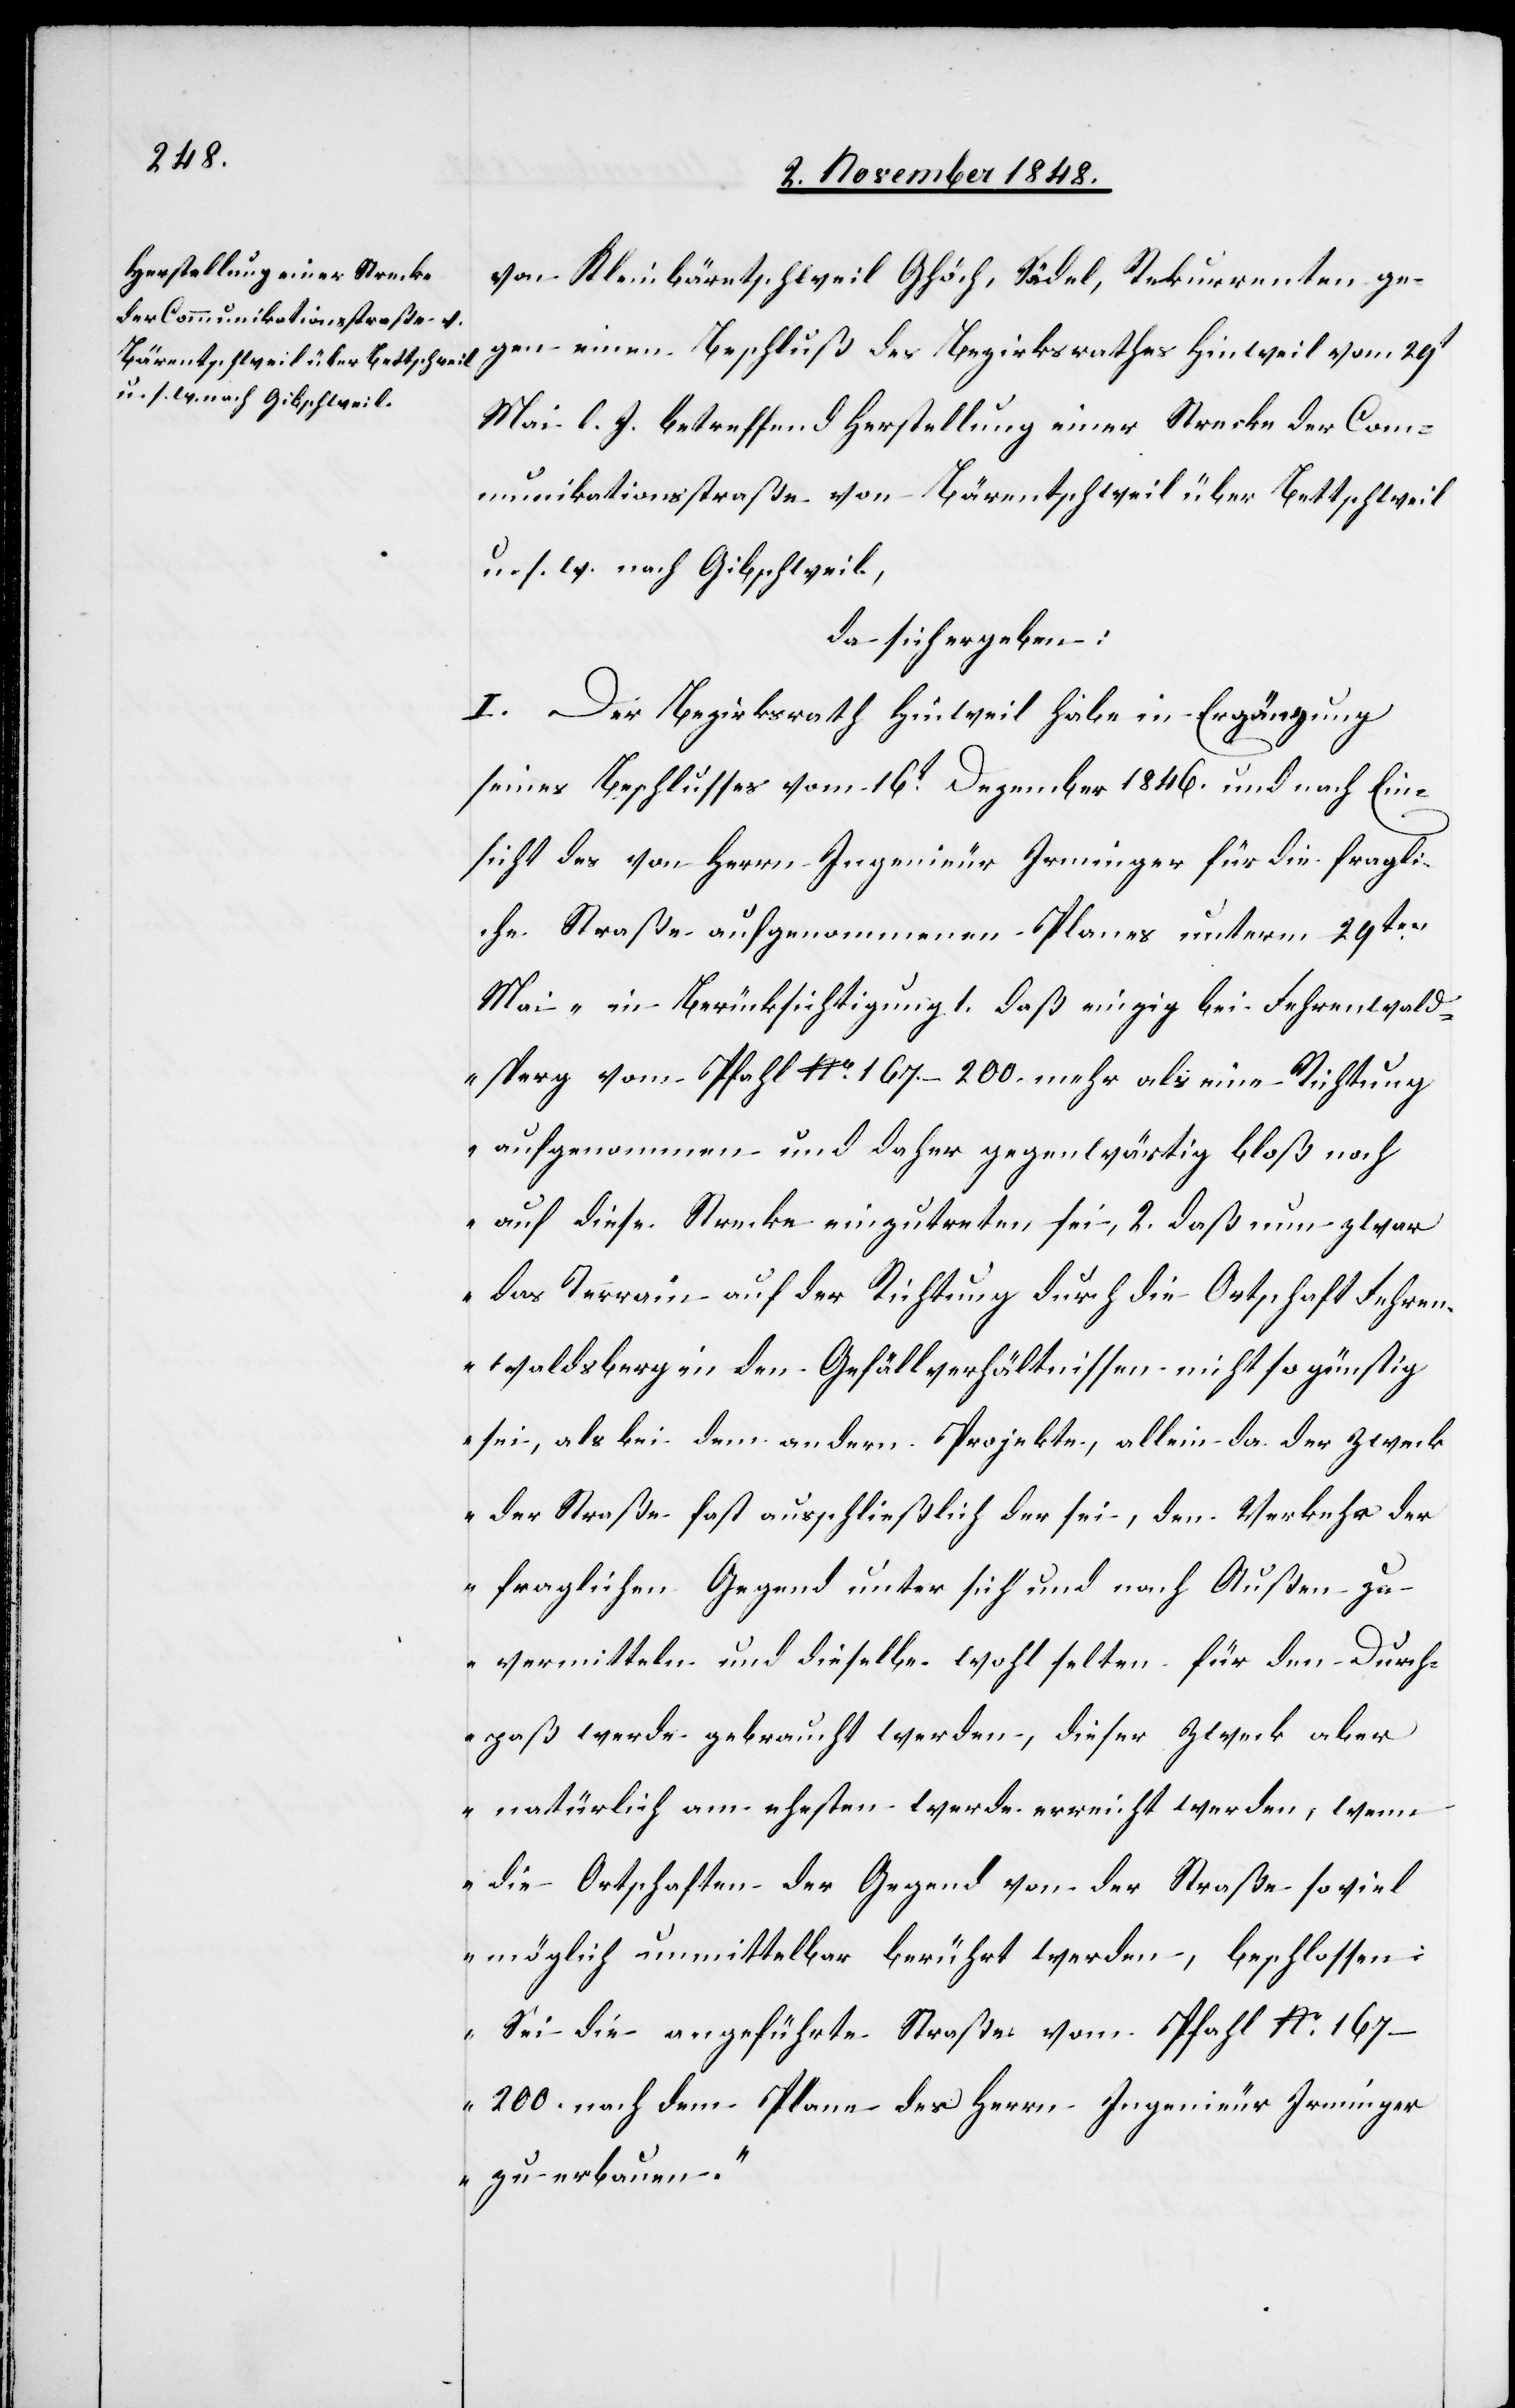
von Kleinbäretschweil Ghöch, Sädel, Rekurrenten ge¬
gen einen Beschluß des Bezirksrathes Hinweil vom 29t
Mai l. J. betreffend Herstellung einer Strecke der Com¬
munikationsstraße von Bäretschweil über Bettschweil
u. s. w. nach Gibschweil,
da sich ergeben:
I. Der Bezirksrath Hinweil habe in Ergänzung
seines Beschlusses vom 16t Dezember 1846. und nach Ein¬
sicht des von Herrn Ingenieur Irminger für die fragli¬
che Straße aufgenommenen Planes unterm 29ten
Mai „In Berücksichtigung 1. daß einzig bei Fehrenwald¬
sperg vom Pfahl No 167–200. mehr als eine Richtung
aufgenommen und daher gegenwärtig bloß noch
auf diese Strecke einzutreten sei, 2. daß nun zwar
das Terrain auf der Richtung durch die Ortschaft Fehren¬
waldsberg in den Gefällverhältnissen nicht so günstig
sei, als bei dem andern Projekte, allein da der Zweck
der Straße fast ausschließlich der sei, den Verkehr der
fraglichen Gegend unter sich und nach Außen zu
vermitteln und dieselbe wohl selten für den Durch¬
paß werde gebraucht werden, dieser Zweck aber
natürlich am ehesten werde erreicht werden, wenn
die Ortschaften der Gegend von der Straße soviel
möglich unmittelbar berührt werden, beschlossen:
Sei die angeführte Straße vom Pfahl No
167–200. nach dem Plane des Herrn Ingenieur Irminger
zu erbauen.“